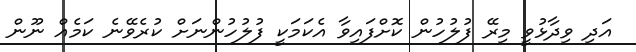
އަދި ވިދާޅުވީ މިރޭ ފުލުހުން ކޮށްފައިވާ އެކަމަކީ ފުލުހުންނަށް ކުރެވޭނެ ކަމެއް ނޫން